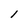
Character: l